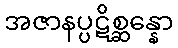
အဇာနပ္ပဋိစ္ဆန္နော